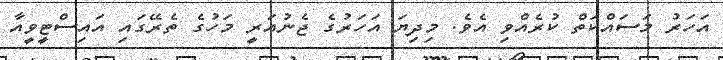
އަހަރު މަސައްކަތް ކުރެއްވި އެވެ. މިދިޔަ އަހަރުގެ ޖެނުއަރީ މަހުގެ ތެރޭގައި އައިސްޓީވީއާ